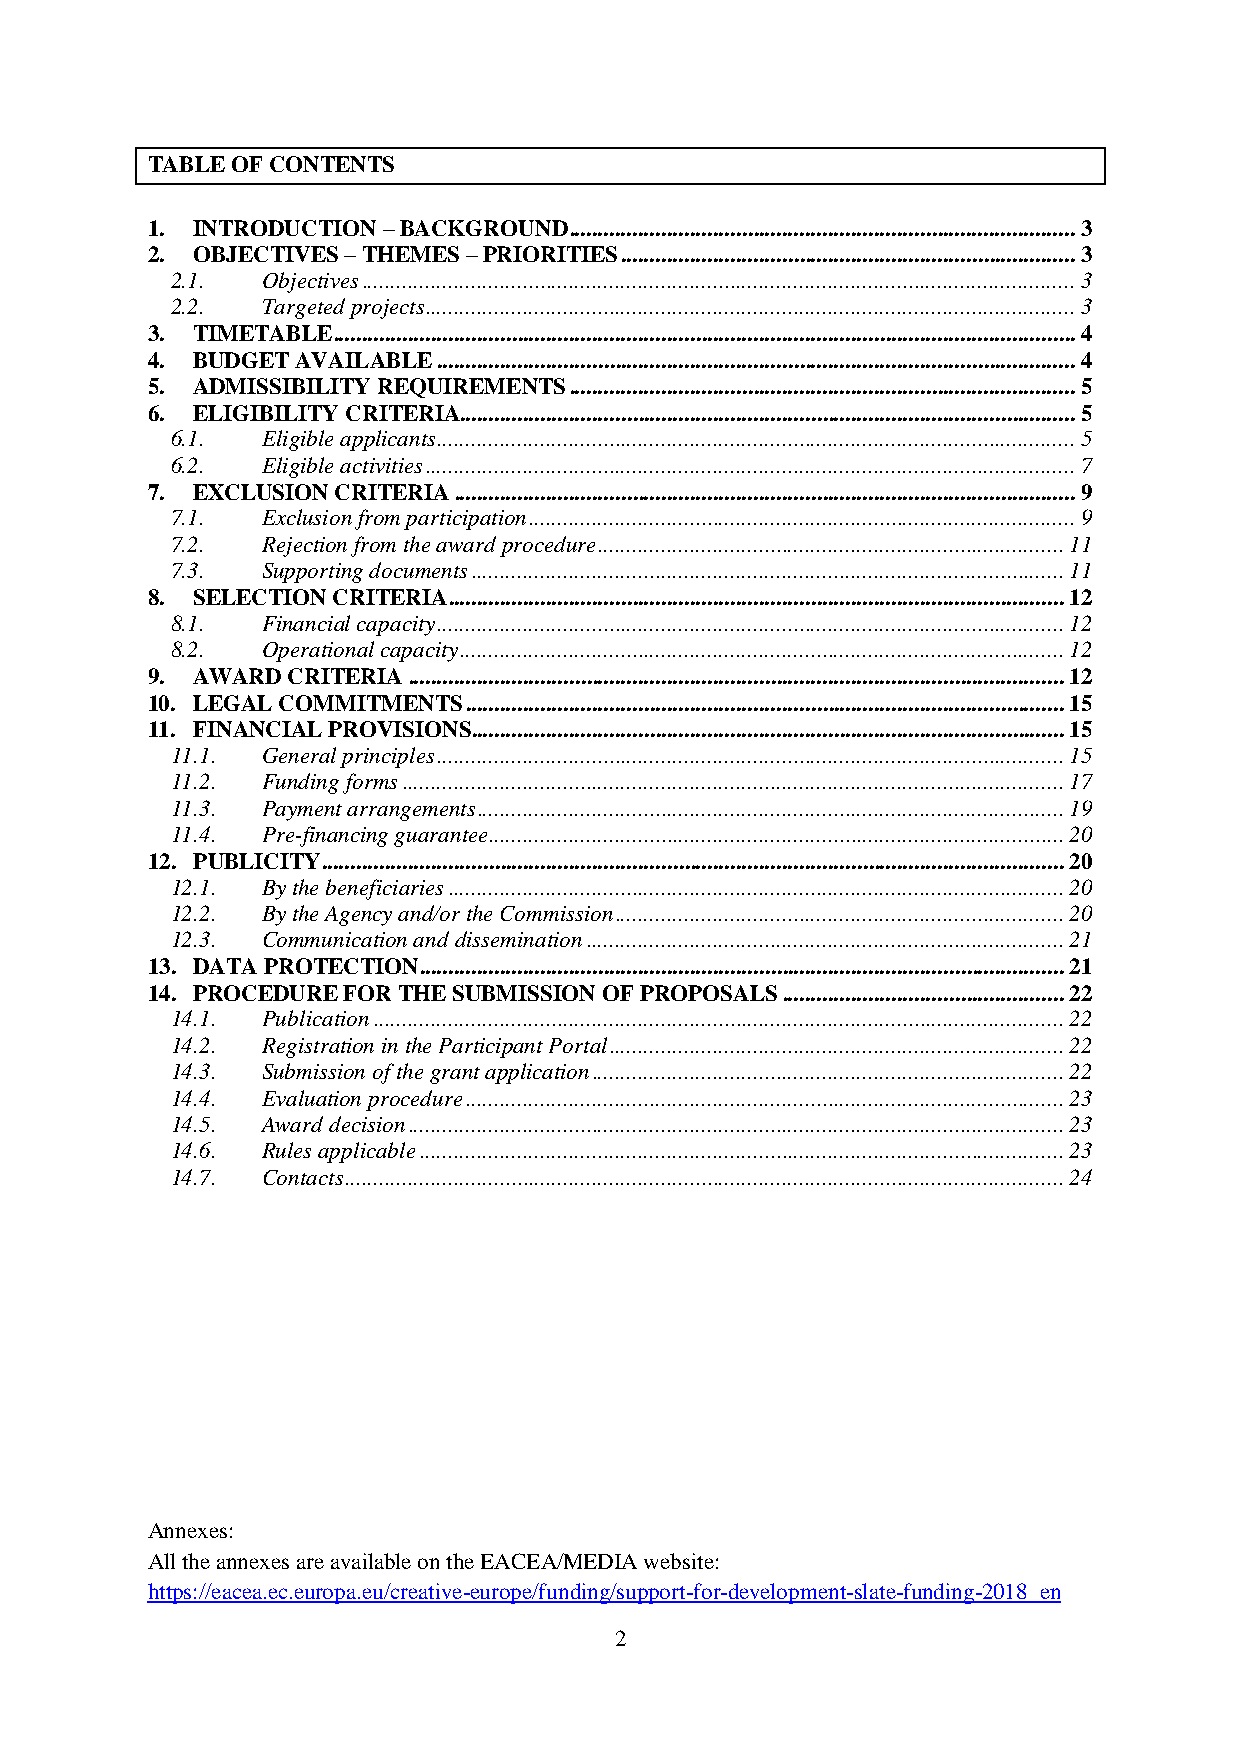
TABLE OF CONTENTS
 1. INTRODUCTION – BACKGROUND ........................................................................................ 3
 2. OBJECTIVES – THEMES – PRIORITIES ............................................................................... 3
 2.1.  Objectives ............................................................................................................................ 3
 2.2.  Targeted projects ................................................................................................................. 3
 3. TIMETABLE ................................................................................................................................. 4
 4. BUDGET AVAILABLE ............................................................................................................... 4
 5. ADMISSIBILITY REQUIREMENTS ........................................................................................ 5
 6. ELIGIBILITY CRITERIA........................................................................................................... 5
 6.1.  Eligible applicants ............................................................................................................... 5
 6.2.  Eligible activities ................................................................................................................. 7
 7. EXCLUSION CRITERIA ............................................................................................................ 9
 7.1.  Exclusion from participation ............................................................................................... 9
 7.2.  Rejection from the award procedure ................................................................................. 11
 7.3.  Supporting documents ....................................................................................................... 11
 8. SELECTION CRITERIA ........................................................................................................... 12
 8.1.  Financial capacity ............................................................................................................. 12
 8.2.  Operational capacity ......................................................................................................... 12
 9. AWARD CRITERIA .................................................................................................................. 12
 10. LEGAL COMMITMENTS ........................................................................................................ 15
 11. FINANCIAL PROVISIONS....................................................................................................... 15
 11.1. General principles ............................................................................................................. 15
 11.2. Funding forms ................................................................................................................... 17
 11.3. Payment arrangements ...................................................................................................... 19
 11.4. Pre-financing guarantee .................................................................................................... 20
 12. PUBLICITY ................................................................................................................................. 20
 12.1. By the beneficiaries ........................................................................................................... 20
 12.2. By the Agency and/or the Commission .............................................................................. 20
 12.3. Communication and dissemination ................................................................................... 21
 13. DATA PROTECTION ................................................................................................................ 21
 14. PROCEDURE FOR THE SUBMISSION OF PROPOSALS ................................................. 22
 14.1. Publication ........................................................................................................................ 22
 14.2. Registration in the Participant Portal ............................................................................... 22
 14.3. Submission of the grant application .................................................................................. 22
 14.4. Evaluation procedure ........................................................................................................ 23
 14.5. Award decision .................................................................................................................. 23
 14.6. Rules applicable ................................................................................................................ 23
 14.7. Contacts ............................................................................................................................. 24
 Annexes:
 All the annexes are available on the EACEA/MEDIA website:
 https://eacea.ec.europa.eu/creative-europe/funding/support-for-development-slate-funding-2018_en
 2